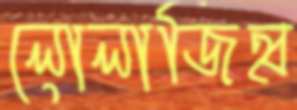
লোলাজিহ্ব